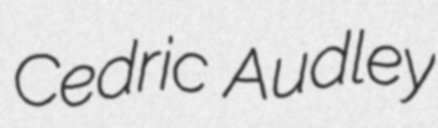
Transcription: Cedric Audley